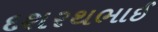
દશરથભાઈ